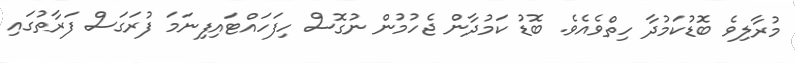
މުރާލިވެ ބޮޑުކަމުދާ ހިތްވެއެވެ. ބޮޑު ކަމުދާން ޖެހުމުން ނުގޮސް ހިފަހައްޓައިފިނަމަ ފުރަގަސް ފަރާތުގައި